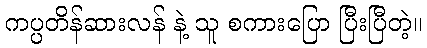
ကပ္ပတိန်ဆားလန် နဲ့ သူ စကားပြော ပြီးပြီတဲ့။